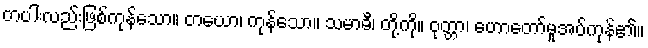
တပါးလည်းဖြစ်ကုန်သော။ တယော၊ ကုန်သော။ သမာဓီ၊ တို့ကို။ ဝုတ္တာ၊ ဟောတော်မူအပ်ကုန်၏။